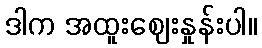
ဒါက အထူးဈေးနှုန်းပါ။